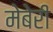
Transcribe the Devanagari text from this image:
मेबेरी